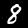
Label: 8